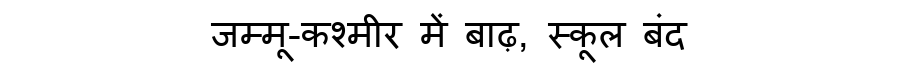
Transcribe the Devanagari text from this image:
जम्मू-कश्मीर में बाढ़, स्कूल बंद